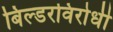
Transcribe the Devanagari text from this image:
बिल्डरविरोधी